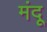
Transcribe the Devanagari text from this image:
मंदू